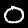
Digit: 0